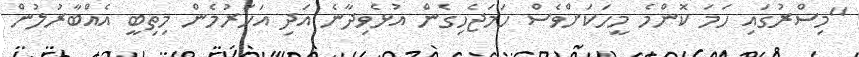
"މިސްރުގައި ހަމަ ކޮންމެ މީހަކަށްވެސް ހަމަޖެހިގެން އުޅެވިދާނެ އަދި އަހަރުމެން މިތިބީ އެއްބާރުލުން